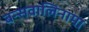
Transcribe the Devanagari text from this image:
बन्सवालिनामा